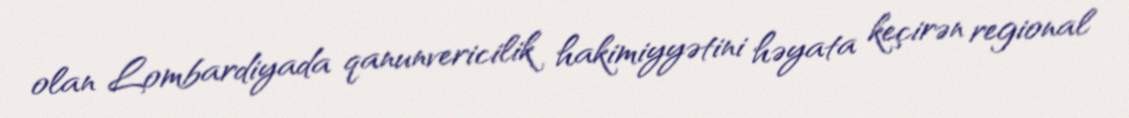
olan Lombardiyada qanunvericilik hakimiyyətini həyata keçirən regional